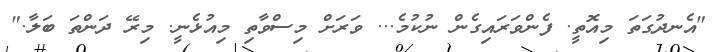
"އެނދުގަތަ މިއޮތީ. ފެންވަރައިގެން ނުކުމެ... ވަރަށް މިސްވާތި މިއުޅެނީ. މިރޭ ދަންތަ ބަލާ."